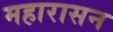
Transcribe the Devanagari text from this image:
महारासन